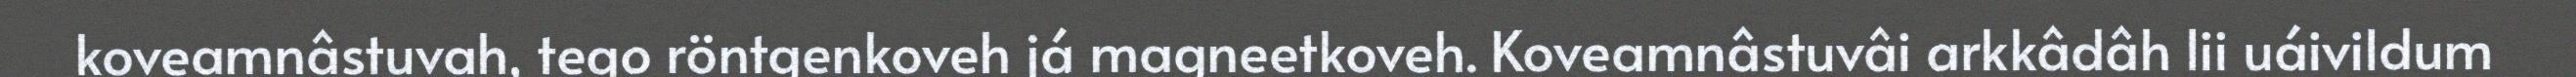
koveamnâstuvah, tego röntgenkoveh já magneetkoveh. Koveamnâstuvâi arkkâdâh lii uáivildum